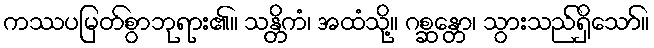
ကဿပမြတ်စွာဘုရား၏။ သန္တိကံ၊ အထံသို့။ ဂစ္ဆန္တော၊ သွားသည်ရှိသော်။